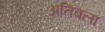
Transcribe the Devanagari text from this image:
अतिबला